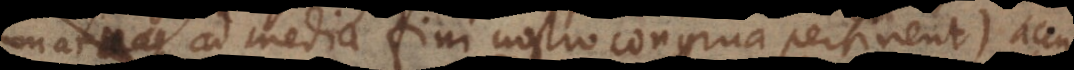
quae ad media fini nostro congrua pertinent) accu